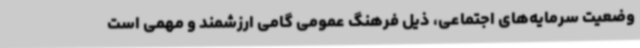
وضعیت سرمایه‌های اجتماعی، ذیل فرهنگ عمومی گامی ارزشمند و مهمی است